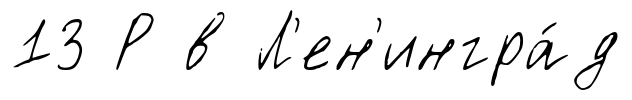
13 Р в Л'ен'ингра́д